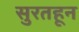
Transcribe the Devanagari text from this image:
सुरतहून